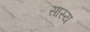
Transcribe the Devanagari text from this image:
सास्य